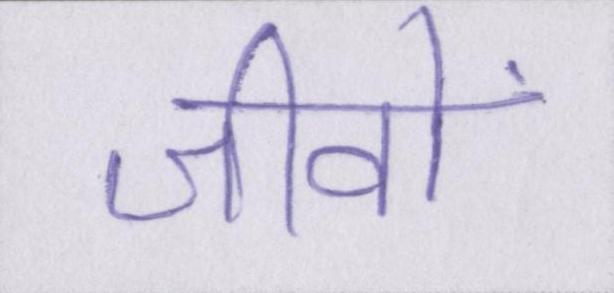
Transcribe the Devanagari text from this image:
जीवों